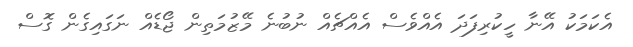
އެކަމަކު އޭނާ ހީކުރިފަދަ އެއްވެސް އެއްޗެއް ނުބުނެ މޭޒުމަތިން ޖޯޑެއް ނަގައިގެން ގޮސް